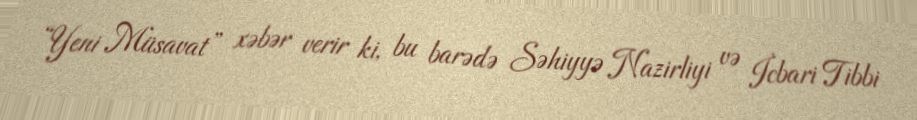
“Yeni Müsavat” xəbər verir ki, bu barədə Səhiyyə Nazirliyi və İcbari Tibbi